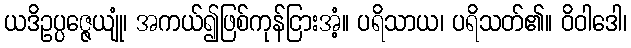
ယဒိဥပ္ပဇ္ဇေယျုံ၊ အကယ်၍ဖြစ်ကုန်ငြားအံ့။ ပရိသာယ၊ ပရိသတ်၏။ ဝိဝါဒေါ၊